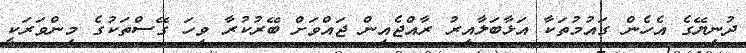
ދުނިޔޭގެ އެހެން ގައުމުތަކާ އަޅާބަލާއިރު ރާއްޖެއިން ޖައްވަށް ބޭރުކުރާ ވިހަ ގޭސްތަކުގެ މިންވަރަކީ